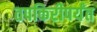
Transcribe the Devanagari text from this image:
तपकिरीपर्यंत